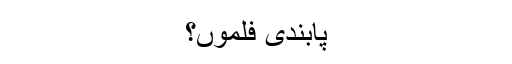
پابندی فلموں؟